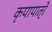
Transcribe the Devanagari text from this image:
कृपापात्रे